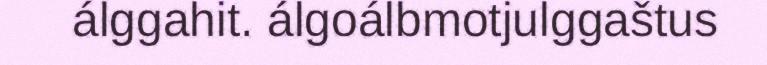
álggahit. álgoálbmotjulggaštus